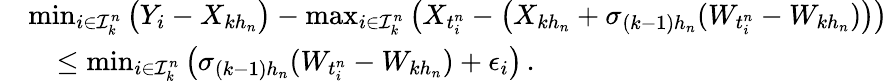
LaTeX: \begin{array}{rl}&{\operatorname*{min}_{i\in\mathcal{I}_{k}^{n}}\big(Y_{i}-X_{kh_{n}}\big)-\operatorname*{max}_{i\in\mathcal{I}_{k}^{n}}\big(X_{t_{i}^{n}}-\big(X_{kh_{n}}+\sigma_{(k-1)h_{n}}(W_{t_{i}^{n}}-W_{kh_{n}})\big)\big)}\\ &{\quad\le\operatorname*{min}_{i\in\mathcal{I}_{k}^{n}}\big(\sigma_{(k-1)h_{n}}(W_{t_{i}^{n}}-W_{kh_{n}})+\epsilon_{i}\big)\, .}\end{array}